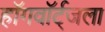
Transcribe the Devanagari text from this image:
हॉगवॉर्ट्‌जला